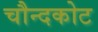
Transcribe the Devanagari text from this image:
चौन्दकोट